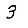
Digit: 3